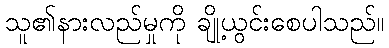
သူ၏နားလည်မှုကို ချို့ယွင်းစေပါသည်။